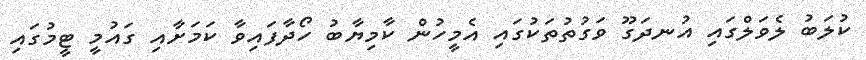
ކުލަބު ލެވަލްގައި އުނދަގޫ ވަގުތުތަކުގައި އެމީހުން ކާމިޔާބު ހޯދާފައިވާ ކަމަށާއި ގައުމީ ޓީމުގައި